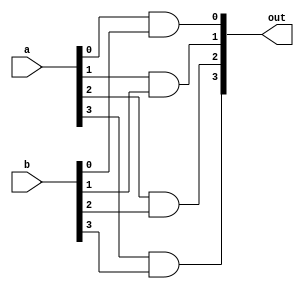
`timescale 1ns / 1ps
//////////////////////////////////////////////////////////////////////////////////
// Company: 
// Engineer: 
// 
// Design Name: 
// Module Name: and4
// Project Name: 
// Target Devices: 
// Tool Versions: 
// Description: 
// 
// Dependencies: 
// 
// Revision:
// Revision 0.01 - File Created
// Additional Comments:
// 
//////////////////////////////////////////////////////////////////////////////////


module and4(
    input [3:0] a,
    input [3:0] b,
    output [3:0] out
    );
    and and1 (out[0],a[0],b[0]);
    and and2 (out[1],a[1],b[1]);
    and and3 (out[2],a[2],b[2]);
    and and4 (out[3],a[3],b[3]);
    
endmodule